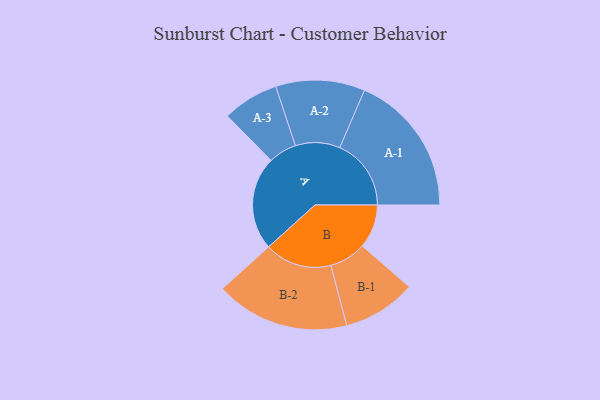
{"axis": {"x": "Segment", "y": "Value"}, "legend": ["", "A", "B"], "data": [{"x": "A", "y": 370, "type": ""}, {"x": "B", "y": 173, "type": ""}, {"x": "A-1", "y": 282, "type": "A"}, {"x": "A-2", "y": 176, "type": "A"}, {"x": "A-3", "y": 111, "type": "A"}, {"x": "B-1", "y": 145, "type": "B"}, {"x": "B-2", "y": 265, "type": "B"}]}